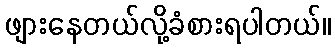
ဖျားနေတယ်လို့ခံစားရပါတယ်။